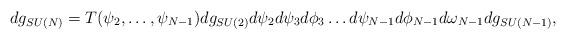
LaTeX: \begin{align*}dg_{SU(N)}=T(\psi_2,\ldots,\psi_{N-1}) dg_{SU(2)}d\psi_2 d\psi_3d\phi_3\ldots d\psi_{N-1}d\phi_{N-1}d\omega_{N-1}dg_{SU(N-1)},\end{align*}